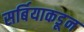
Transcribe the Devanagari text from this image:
सर्बियाकडून